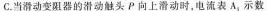
C.当滑动变阻器的滑动触头P向上滑动时，电流表A_{2}示数